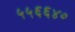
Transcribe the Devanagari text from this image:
५५६६४०